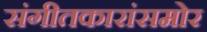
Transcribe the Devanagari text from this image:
संगीतकारांसमोर